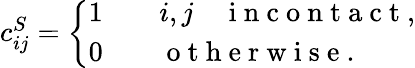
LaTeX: \begin{array}{r}{c_{ij}^{S}=\left\{ \begin{array}{ll}{1\qquad i,j\quad\mathrm{~i~n~c~o~n~t~a~c~t~},}\\ {0\qquad\mathrm{~o~t~h~e~r~w~i~s~e~}.}\end{array}\right.}\end{array}